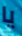
يا